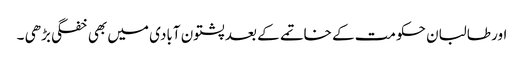
اور طالبان حکومت کے خاتمے کے بعد پشتون آبادی میں بھی خفگی بڑھی ۔